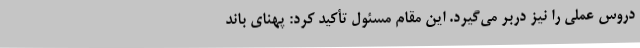
دروس عملی را نیز دربر می‌گیرد. این مقام مسئول تأکید کرد: پهنای باند